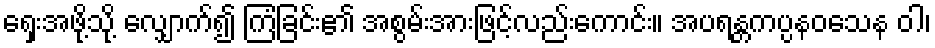
ရှေးအဖို့သို့ လျှောက်၍ ကြံခြင်း၏ အစွမ်းအားဖြင့်လည်းကောင်း။ အပရန္တကပ္ပနဝသေန ဝါ၊